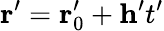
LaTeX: \mathbf{r}^{\prime}=\mathbf{r}_{0}^{\prime}+\mathbf{h}^{\prime}t^{\prime}